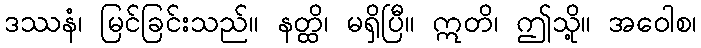
ဒဿနံ၊ မြင်ခြင်းသည်။ နတ္ထိ၊ မရှိပြီ။ ဣတိ၊ ဤသို့။ အဝေါစ၊